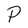
Character: P